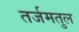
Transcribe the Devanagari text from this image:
तर्जमतुल